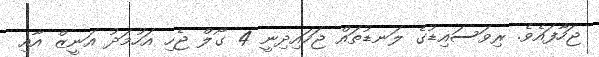
ޖަހާފައެވެ. ރިވަސައިޑުގެ ލަނޑުތައް ޖަހައިދިނީ 4 ގޯލް ޖެހި އަހުމަދު އަނީޒް އާއި